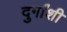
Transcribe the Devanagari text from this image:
दुर्गांशी